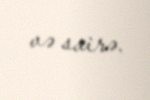
və sairə.